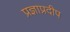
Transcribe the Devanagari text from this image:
प्रज्ञाप्रदीप